[Report on the health of British troops in the Madras command]
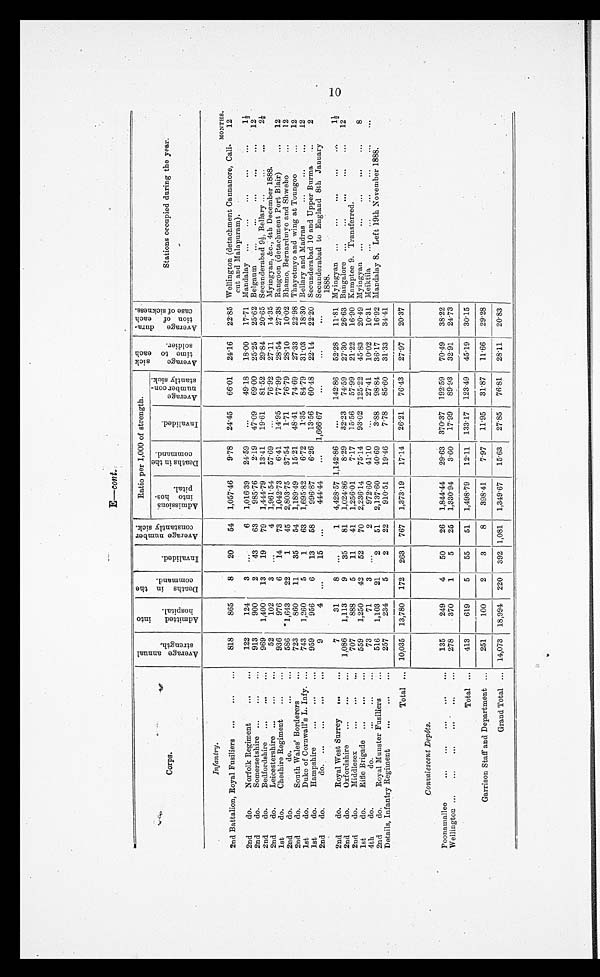
E-cont.
Corps.
A v e r a g e a n n u a l s t r e n g t h .
A d m i t t e d i n t o h o s p i t a l .
D e a t h s i n t h e c o m m a n d .
I n v a l i d e d .
A v e r a g e n u m b e r c o n s t a n t l y s i c k .
Ratio per 1,000 of strength.
A v e r a g e s i c k t i m e t o e a c h s o l d i e r .
A v e r a g e d u r a - t i o n o f e a c h c a s e o f s i c k n e s s .
Stations occupied during the year.
A d m i s s i o n s i n t o h o s - p i t a l .
D e a t h s i n t h e c o m m a n d .
I n v a l i d e d .
A v e r a g e n u m b e r c o n - s t a n t l y s i c k .
Infantry.
MONTHS.
2nd Battalion, Royal Fusiliers
818
865
8
20
54 1,057.46
9.78
24.45
66.01
24.16
22.85 Wellington (detachment Cannanore, Cali-
cut and Malapuram).
12
2nd
do.
Norfolk Regiment
122
124
3
. . .
6 1,016.39
24.59
...
49.18
18.00
17.71 Mandalay
1 1/3
2nd
do.
Somersetshire
913
900
2
43
63
985.76
2.19
47.09
69.00
25.25
25.62 Belgaum
12
2nd
do.
Bedfordshire
969
1,400
13
19
79 1,444.79
13.41
19.61
81.52
29.84
20.65 Secunderabad 9 1/2, Bellary
2 1/2
2nd
do.
Leicestershire
52
102
3
. . .
4 1,961.54
57.69
...
76.92
27.11
14.35 Myingyan, &c., 4th December 1888.
1st
do.
Cheshire Regiment
936
976
6
14
73 1,042.73
6.41
14.95
77.99
28.54
27.38 Rangoon (detachment Port Blair)
12
2nd
do.
do.
586
1,643
22
1
45 2,803.75
37.54
1.71
76.79
28.10
10.02 Bhamo, Bernardmyo and Shwebo
12
2nd
do.
South Wales' Borderers
723
860
11
35
54 1,189.49
15.21
48.41
74.69
27.33
22.98 Thayetmyo and wing at Toungoo
12
1st
do.
Duke of Cornwall's L. Infy.
743
1,260
5
1
63 1,695.82
6.72
1.35
84.79
31.03
18.30 Bellary and Madras
12
1st
do.
Hampshire
959
956
6
13
58
996.87
6.26
13.56
60.48
22.14
22.20 Secunderabad 10 and Upper Burma
2
2nd
do. do.
9
4 ...
15 ...
444.44
. . .
1,666.67
...
...
...
Secunderabad to England 8th January
1888.
2nd
do.
Royal West Surrey
7
31
8 ...
1 4,428.57 1,142.86
...
142.86
52.28
11.81 Myingyan
1 1 / 2
2nd
do.
Oxfordshire
1,086
1,113
9
35
81 1,024.86
8.29
32.23
74.59
27.30
26.63 Bangalore
12
2nd
do.
Middlesex
707
888
5
11
41 1,256.01
7.17
15.56
57.99
21.22
16.90 Kamptee 9. Transferred.
1st
do.
Rifle Brigade
559
1,250
42
52
70 2,236.14
75.14
93.02 125.22
45.83
20.49 Myingyan
8
4th
do.
do.
73
71
3
. . .
2
972.60
41.10
...
27.41
10.02
10.31 Meiktila
. . .
2nd
do.
Royal Munster Fusiliers
516
1,103
21
2
51 2,137.60
40.69
3.88
98.84
36.17
16.92 Mandalay 8. Left 19th November 1888.
Details, Infantry Regiment
257
234
5
2
22
910.51
19.46
7.78
85.60
31.33
34.41
Total
10,035 13,780 172 263 767 1,373.19
17.14
26.21
76.43
27.97
20.37
Convalescent Depôts.
Poonamallee
135
249
4
50
26 1,844.44
29.63 370.37 192.59
70.49
38.22
Wellington
278
370
1
5
25 1,330.94
3.60
17.99
89.93
32.91
24.73
Total
413
619
5
55
51 1,498.79
12.11 133.17 123.49
45.19
30.15
Garrison Staff and Department
251
100
2
3
8
398.41
7.97
11.95
31.87
11.66
29.28
Grand Total
14,073 18,994 220 392 1,081 1,349.67
15.63
27.85
76.81
28.11
20.83